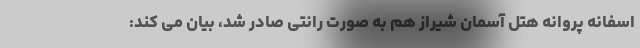
اسفانه پروانه هتل آسمان شیراز هم به صورت رانتی صادر شد، بیان می کند: